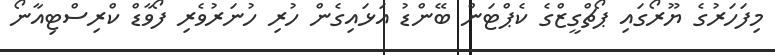
މިފަހަރުގެ ޔޫރޯގައި ޕޯޗްގީޒްގެ ކެޕްޓަން ބޭންޑު އަޅައިގެން ހުރި ހުނަރުވެރި ފޯވާޑް ކްރިސްޓިއާނޯ